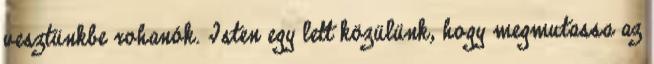
vesztünkbe rohanók. Isten egy lett közülünk, hogy megmutassa az